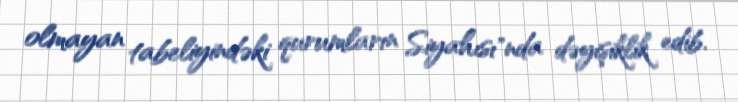
olmayan tabeliyindəki qurumların Siyahısı"nda dəyişiklik edib.